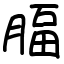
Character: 腷